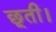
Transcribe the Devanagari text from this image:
छूती।